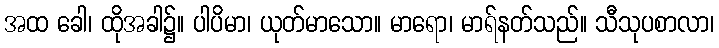
အထ ခေါ၊ ထိုအခါ၌။ ပါပိမာ၊ ယုတ်မာသော။ မာရော၊ မာရ်နတ်သည်။ သီသုပစာလာ၊